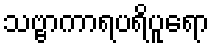
သဗ္ဗာကာရပရိပူရော